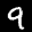
Label: 9